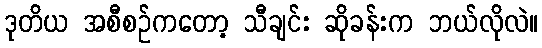
ဒုတိယ အစီစဉ်ကတော့ သီချင်း ဆိုခန်းက ဘယ်လိုလဲ။